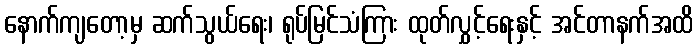
နောက်ကျတော့မှ ဆက်သွယ်ရေး၊ ရုပ်မြင်သံကြား ထုတ်လွှင့်ရေးနှင့် အင်တာနက်အထိ